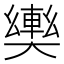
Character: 𫰀